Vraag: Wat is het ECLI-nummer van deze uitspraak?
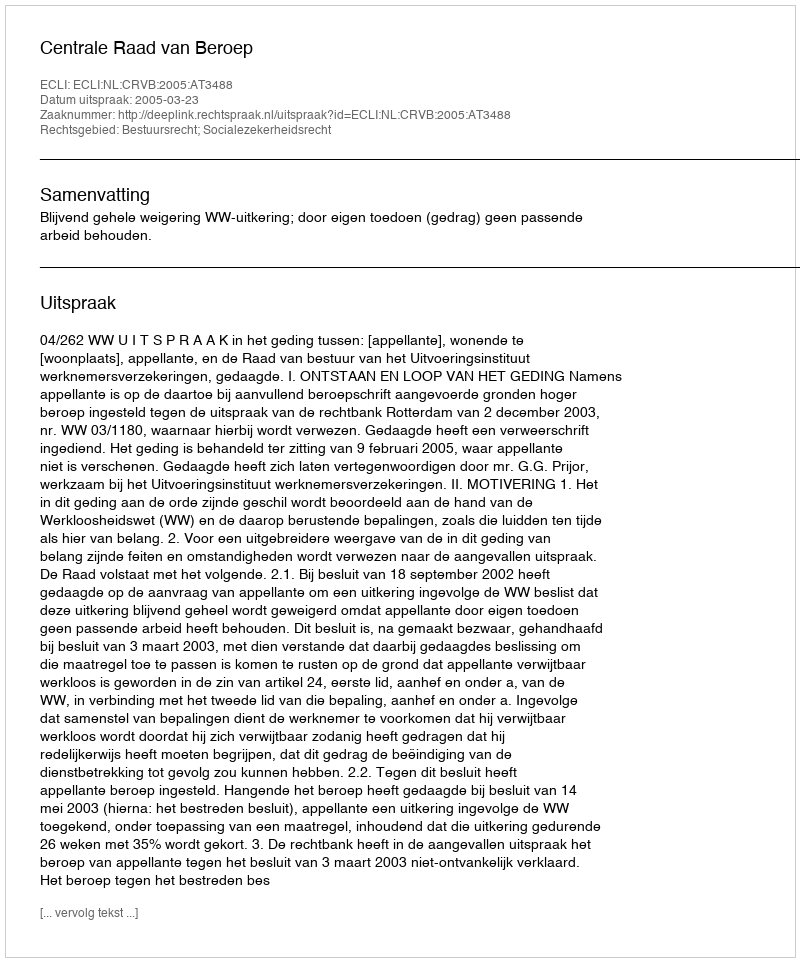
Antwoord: ECLI:NL:CRVB:2005:AT3488